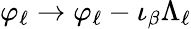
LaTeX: \varphi_{\ell}\to\varphi_{\ell}-\iota_{\beta}\Lambda_{\ell}